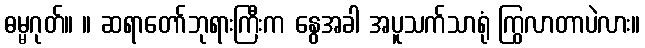
ဓမ္မဂုတ်။ ။ ဆရာတော်ဘုရားကြီးက နွေအခါ အပူသက်သာရုံ ကြွလာတာပဲလား။